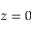
z = 0